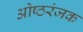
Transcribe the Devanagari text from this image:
ओष्ठरंजक